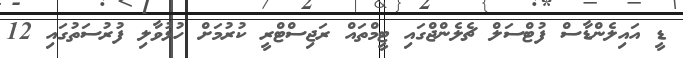
ޑީ އައިލެންޑާސް ފުޓްސަލް ޗެލެންޖްގައި ޓީމްތައް ރަޖިސްޓްރީ ކުރުމަށް ހުޅުވާލި ފުރުސަތުގައި 12